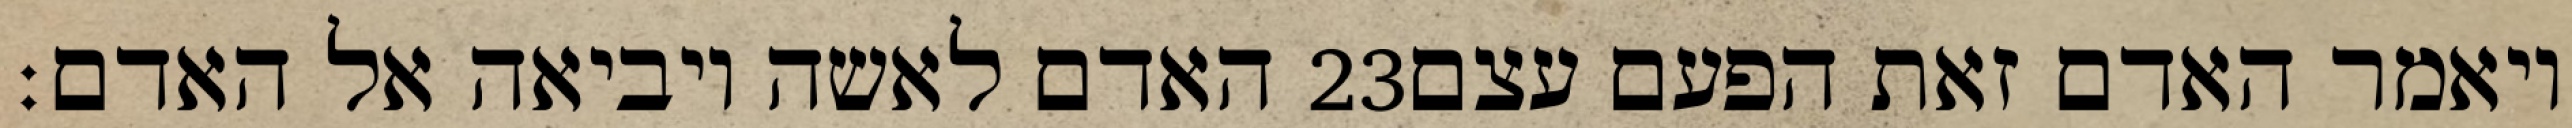
האדם לאשה ויביאה אל האדם׃ ‎23‏ ויאמר האדם זאת הפעם עצם